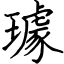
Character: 璩